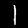
Digit: 1